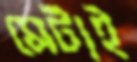
মেটাই